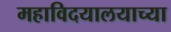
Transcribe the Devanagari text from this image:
महाविदयालयाच्या